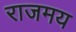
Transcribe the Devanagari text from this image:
राजमय